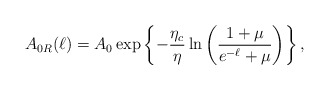
\begin{align*}A_{0R}(\ell)=A_0 \exp \left \{ -\frac{\eta_c}{\eta}\ln \left ( \frac{1+\mu}{e^{-\ell}+\mu} \right ) \right \},\end{align*}